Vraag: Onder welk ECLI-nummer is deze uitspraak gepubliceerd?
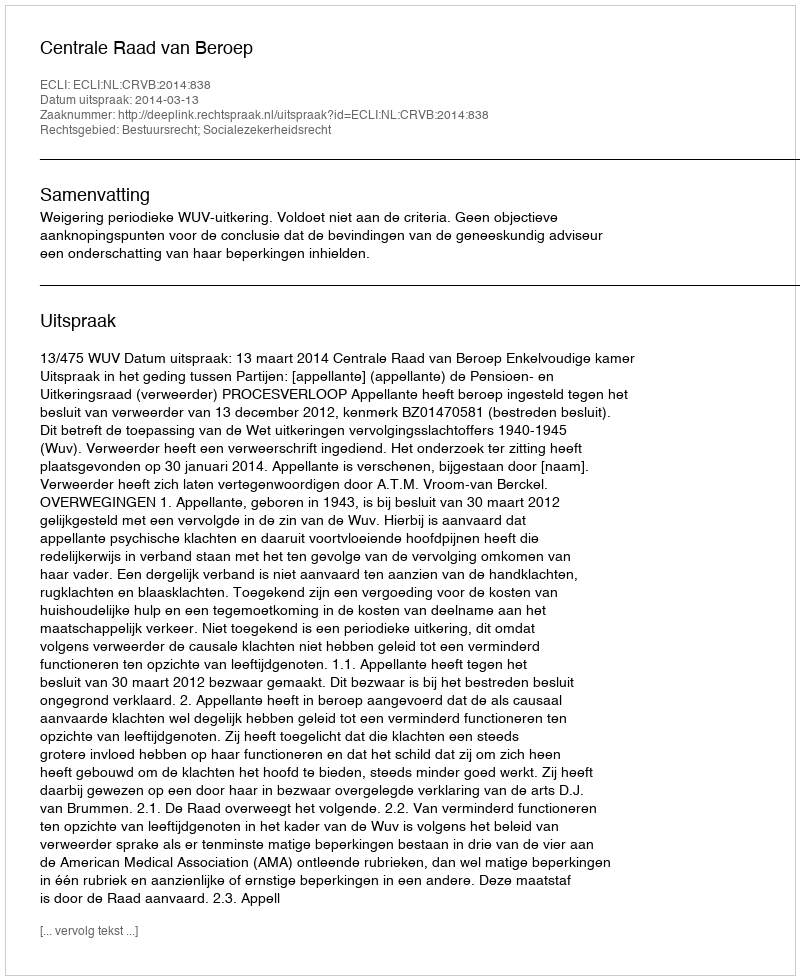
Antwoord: ECLI:NL:CRVB:2014:838